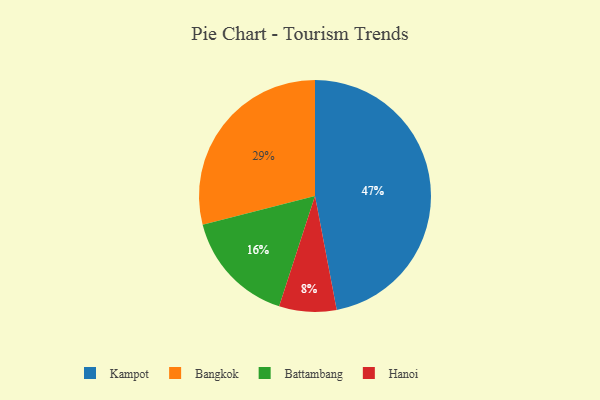
{"axis": {"x": "Category", "y": "Percentage"}, "legend": ["Bangkok", "Battambang", "Hanoi", "Kampot"], "data": [{"x": "Battambang", "y": 16, "type": "Battambang"}, {"x": "Kampot", "y": 47, "type": "Kampot"}, {"x": "Hanoi", "y": 8, "type": "Hanoi"}, {"x": "Bangkok", "y": 29, "type": "Bangkok"}]}